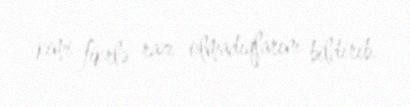
kimi fikrlə razı olmadıqlarını bildirib.